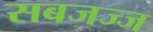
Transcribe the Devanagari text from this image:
सबजज्ज